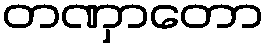
တဏှာတော